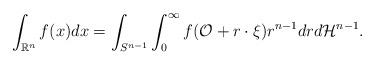
LaTeX: \begin{align*}\int_{\mathbb R^n}f(x)dx=\int_{ S^{n-1}}\int_0^\infty f(\mathcal O+r\cdot\xi)r^{n-1}drd\mathcal H^{n-1} . \end{align*}